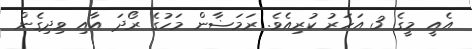
އެއީ މީގެ 3 އަހަރު ކުރިއެވެ. ރަމަޟާން މަހުގެ ރޯދަ އާއި ވިދިގެން